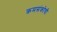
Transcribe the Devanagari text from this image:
क्रमसंकोची